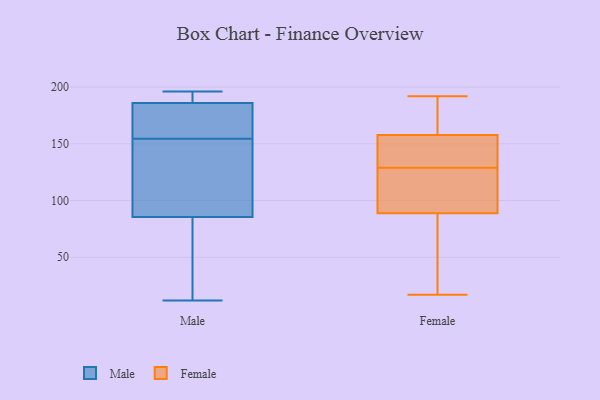
{"axis": {"x": "Budget (USD K)", "y": "Value"}, "legend": ["Female", "Male"], "data": [{"x": "", "y": 195, "type": "Male"}, {"x": "", "y": 12, "type": "Male"}, {"x": "", "y": 187, "type": "Male"}, {"x": "", "y": 160, "type": "Male"}, {"x": "", "y": 167, "type": "Male"}, {"x": "", "y": 103, "type": "Male"}, {"x": "", "y": 44, "type": "Male"}, {"x": "", "y": 149, "type": "Male"}, {"x": "", "y": 115, "type": "Male"}, {"x": "", "y": 68, "type": "Male"}, {"x": "", "y": 176, "type": "Male"}, {"x": "", "y": 106, "type": "Male"}, {"x": "", "y": 24, "type": "Male"}, {"x": "", "y": 185, "type": "Male"}, {"x": "", "y": 196, "type": "Male"}, {"x": "", "y": 191, "type": "Male"}, {"x": "", "y": 192, "type": "Female"}, {"x": "", "y": 160, "type": "Female"}, {"x": "", "y": 87, "type": "Female"}, {"x": "", "y": 187, "type": "Female"}, {"x": "", "y": 120, "type": "Female"}, {"x": "", "y": 94, "type": "Female"}, {"x": "", "y": 62, "type": "Female"}, {"x": "", "y": 144, "type": "Female"}, {"x": "", "y": 50, "type": "Female"}, {"x": "", "y": 152, "type": "Female"}, {"x": "", "y": 159, "type": "Female"}, {"x": "", "y": 154, "type": "Female"}, {"x": "", "y": 129, "type": "Female"}, {"x": "", "y": 17, "type": "Female"}, {"x": "", "y": 129, "type": "Female"}]}